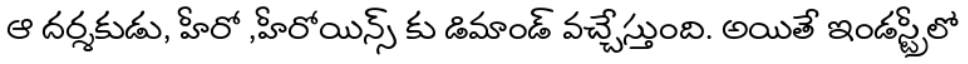
ఆ దర్శకుడు, హీరో ,హీరోయిన్స్ కు డిమాండ్ వచ్చేస్తుంది. అయితే ఇండస్ట్రీలో